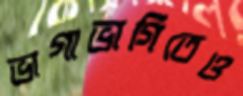
ভাগাভাগিতেও